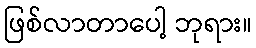
ဖြစ်လာတာပေါ့ ဘုရား။